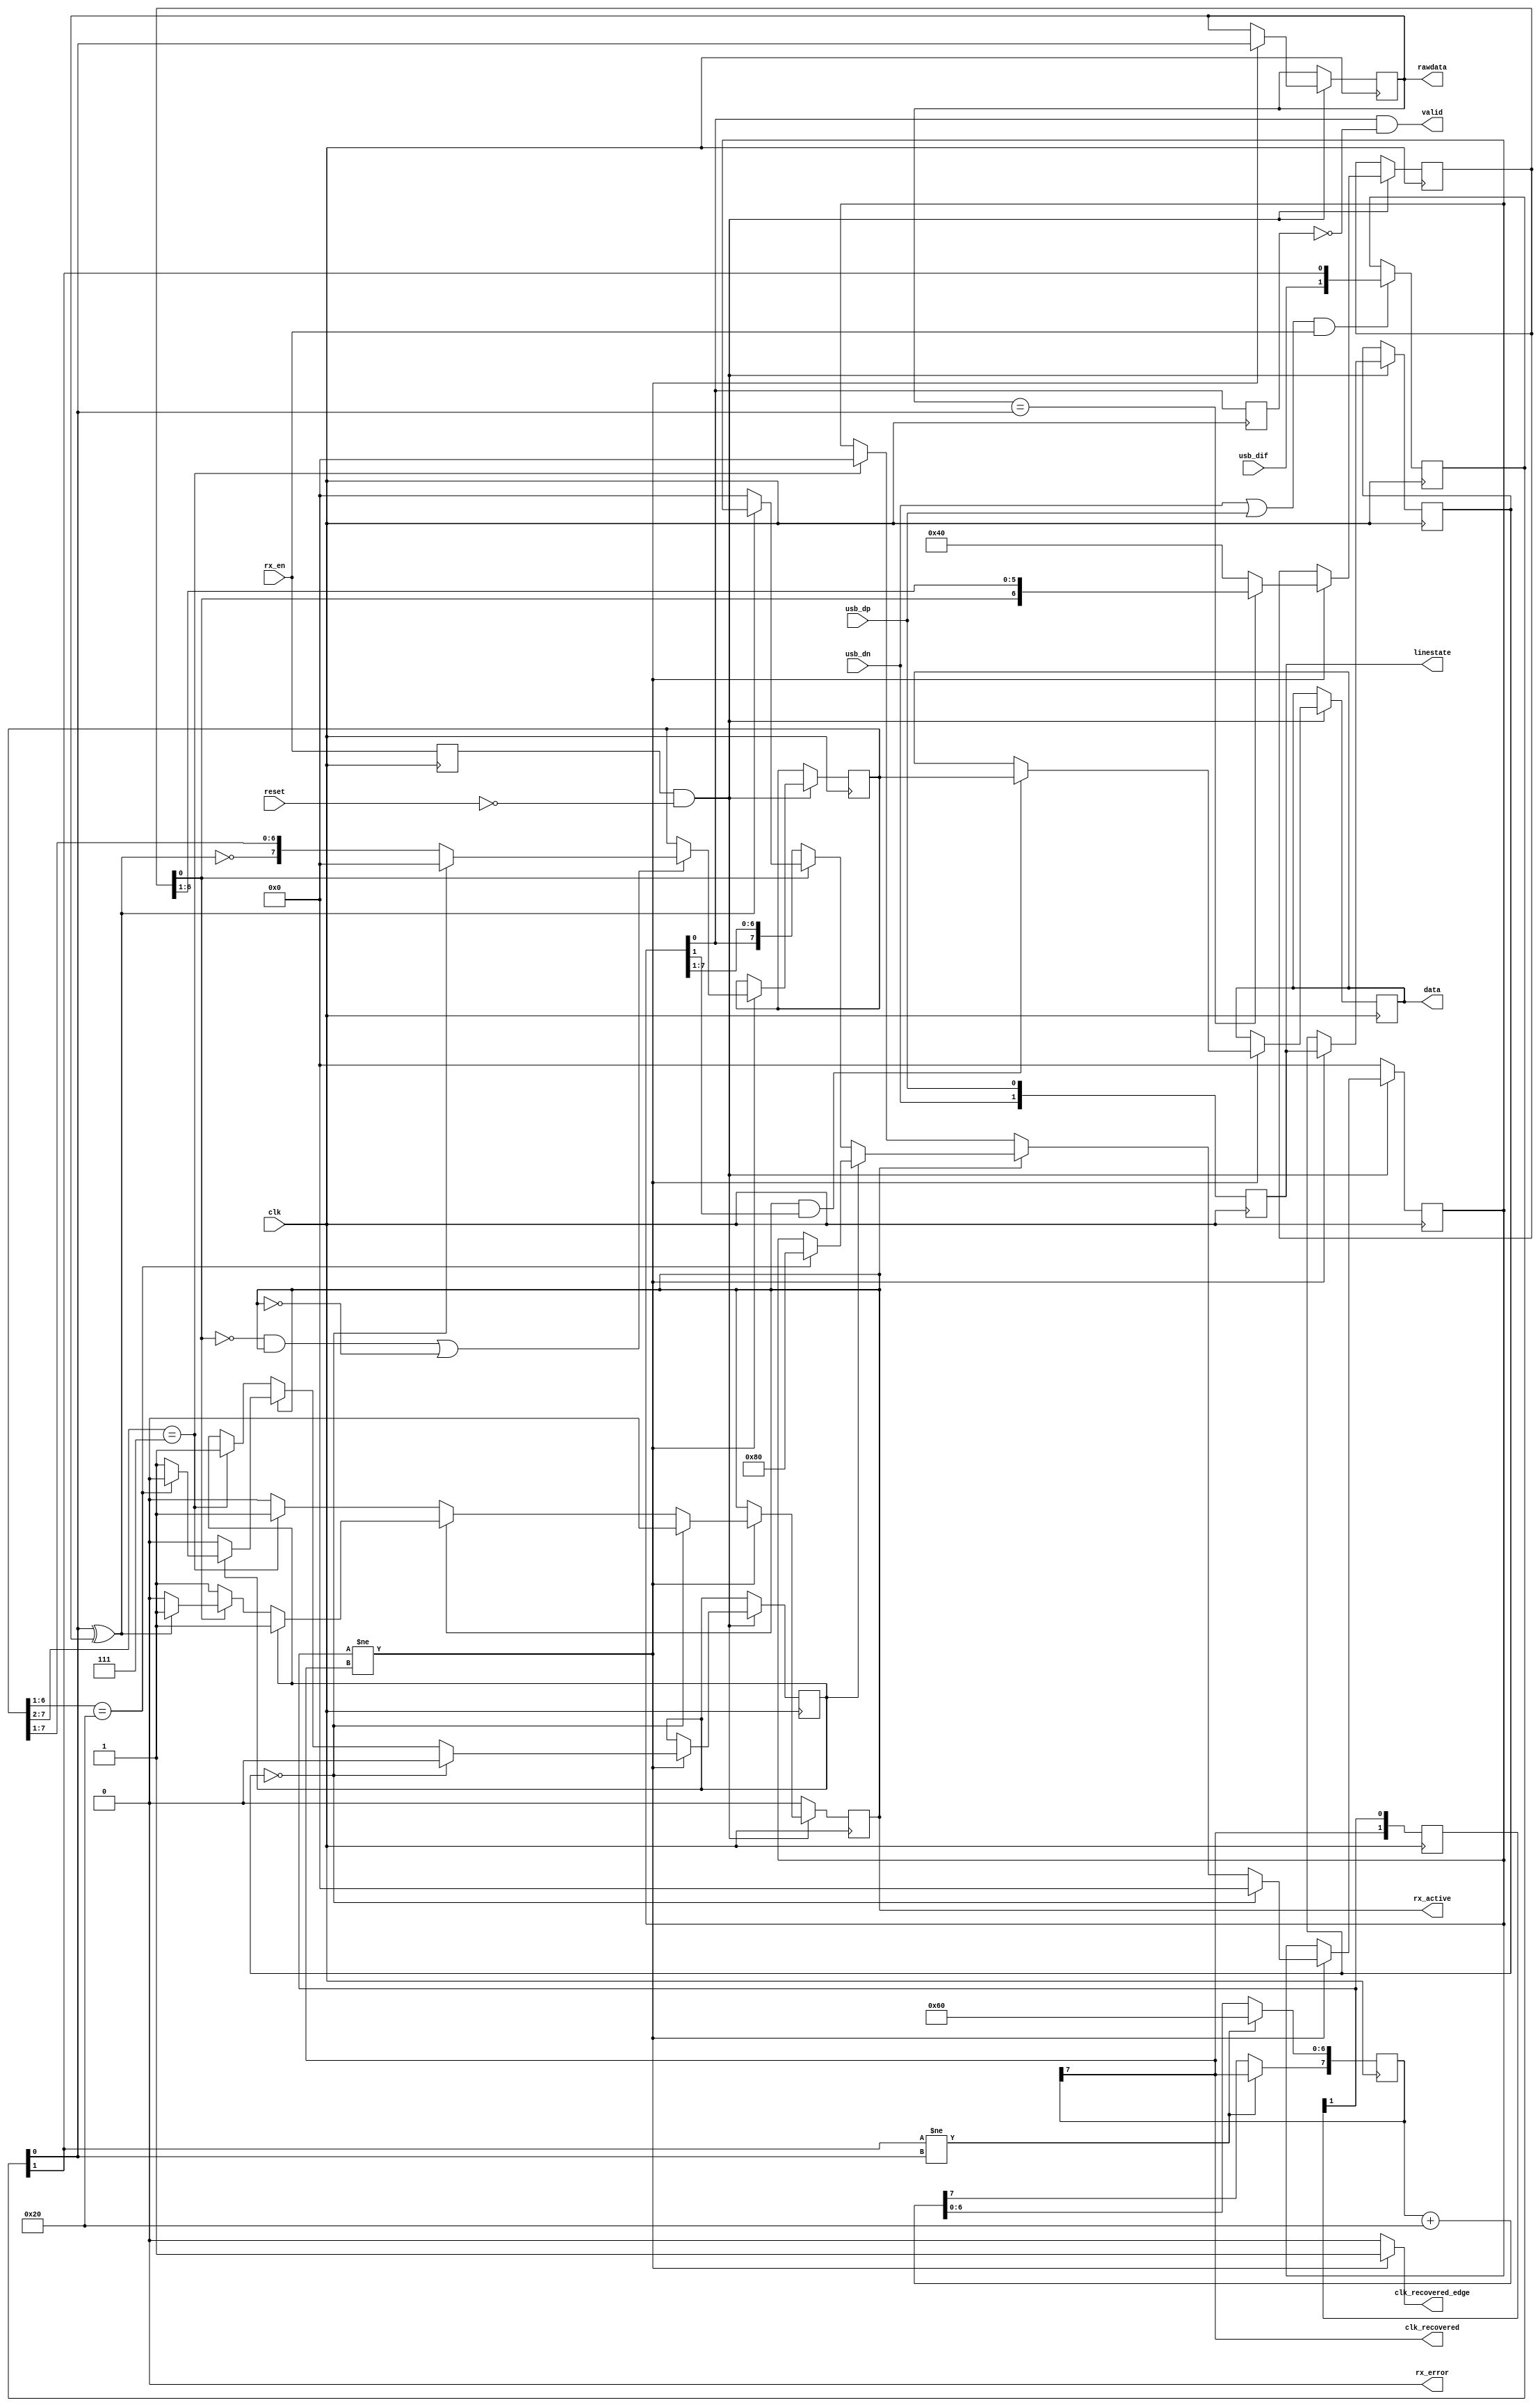
// File ../../../../usb11_phy_vhdl/usb_rx_phy.vhd translated with vhd2vl v3.0 VHDL to Verilog RTL translator
// vhd2vl settings:
//  * Verilog Module Declaration Style: 2001

// vhd2vl is Free (libre) Software:
//   Copyright (C) 2001 Vincenzo Liguori - Ocean Logic Pty Ltd
//     http://www.ocean-logic.com
//   Modifications Copyright (C) 2006 Mark Gonzales - PMC Sierra Inc
//   Modifications (C) 2010 Shankar Giri
//   Modifications Copyright (C) 2002-2017 Larry Doolittle
//     http://doolittle.icarus.com/~larry/vhd2vl/
//   Modifications (C) 2017 Rodrigo A. Melo
//
//   vhd2vl comes with ABSOLUTELY NO WARRANTY.  Always check the resulting
//   Verilog for correctness, ideally with a formal verification tool.
//
//   You are welcome to redistribute vhd2vl under certain conditions.
//   See the license (GPLv2) file included with the source for details.

// The result of translation follows.  Its copyright status should be
// considered unchanged from the original VHDL.

// (c)EMARD
// License=GPL
// USB RX soft-core 
// differential data correctly recovered
// it works as drop in phy replacement
// but receives data more reliable than old core
// signal timings are not exactly identical as old core
// note that reset has direct logic here and some signals
// are named differently
// no timescale needed

module usb_rx_phy(
input wire clk,
input wire reset,
input wire usb_dif,
input wire usb_dp,
input wire usb_dn,
output wire [1:0] linestate,
output wire clk_recovered,
output wire clk_recovered_edge,
output wire rawdata,
input wire rx_en,
output wire rx_active,
output wire rx_error,
output wire valid,
output wire [7:0] data
);

parameter [31:0] C_clk_input_hz=6000000;
parameter [31:0] C_clk_bit_hz=1500000;
parameter [31:0] C_PA_bits=8;
// phase accumulator bits, 8 is ok
// input clock and reset
// differential D+/D- input



// entity
parameter C_PA_inc = 2 ** (C_PA_bits - 1) * C_clk_bit_hz / C_clk_input_hz;  // default PA increment
//  constant C_PA_phase: unsigned(C_PA_bits-2 downto 0) :=
//  (
//    C_PA_bits-2 => '0', -- 1/4
//    C_PA_bits-3 => '0', -- 1/8
//    C_PA_bits-4 => '0', -- 1/16
//    C_PA_bits-5 => '0', -- 1/32
//    others      => '1'
//  );
parameter C_PA_compensate = C_PA_inc[C_PA_bits - 2:0] + C_PA_inc[C_PA_bits - 2:0] + C_PA_inc[C_PA_bits - 2:0];
parameter C_PA_init = C_PA_compensate;
parameter C_valid_init = 8'h80;  // (data'high => '1', others => '0'); -- adjusted (1 bit early) to split stream at byte boundary
parameter C_idlecnt_init = 7'b1000000;  // (6 => '1', others => '0'); -- 6 data bits + 1 stuff bit
reg [C_PA_bits - 1:0] R_PA;
reg [1:0] R_dif_shift;
reg [1:0] R_clk_recovered_shift;
wire S_clk_recovered;
wire S_linebit; reg R_linebit_prev; wire S_bit; wire R_bit;
reg R_frame;
reg [7:0] R_data; reg [7:0] R_data_latch;
reg [7:0] R_valid = C_valid_init;
reg [1:0] R_linestate; reg [1:0] R_linestate_sync;
reg [1:0] R_linestate_prev;
reg [6:0] R_idlecnt = C_idlecnt_init;
reg R_preamble;
reg R_rxactive;
reg R_rx_en;
reg R_valid_prev;

  always @(posedge clk) begin
    if((usb_dn == 1'b1 || usb_dp == 1'b1) && rx_en == 1'b1) begin
      // during SE0, this avoids noise at differential input
      R_dif_shift <= {usb_dif,R_dif_shift[(1):1]};
    end
    R_clk_recovered_shift <= {S_clk_recovered,R_clk_recovered_shift[(1):1]};
    R_linestate <= {usb_dn,usb_dp};
    R_linestate_prev <= R_linestate;
    R_rx_en <= rx_en;
  end

  always @(posedge clk) begin
    if(R_dif_shift[(1)] != R_dif_shift[((1)) - 1]) begin
      R_PA[((C_PA_bits - 1)) - 1:0] <= C_PA_init[((C_PA_bits - 1)) - 1:0];
    end
    else begin
      R_PA <= R_PA + C_PA_inc;
    end
  end

  assign S_clk_recovered = R_PA[(C_PA_bits - 1)];
  assign clk_recovered = S_clk_recovered;
  assign clk_recovered_edge = R_clk_recovered_shift[1] != S_clk_recovered ? 1'b1 : 1'b0;
  //  clk_recovered_edge <= '1' when R_clk_recovered_shift(1) /= S_clk_recovered or R_linestate = "00" else '0';  -- NOTE: allows clocking during SE0
  assign S_linebit = R_dif_shift[((1)) - 1];
  assign S_bit =  ~(S_linebit ^ R_linebit_prev);
  // process that just shifts data and skips stuffed bit
  always @(posedge clk) begin
    if(R_rx_en == 1'b1 && reset == 1'b0) begin
      if(R_clk_recovered_shift[1] != S_clk_recovered) begin
        // synchronous with recovered clock
        if(R_linebit_prev == S_linebit) begin
          R_idlecnt <= {R_idlecnt[0],R_idlecnt[(6):1]};
          // shift (used for stuffed bit removal)
        end
        else begin
          R_idlecnt <= C_idlecnt_init;
          // reset
        end
        R_linebit_prev <= S_linebit;
        if((R_idlecnt[0] == 1'b0 && R_frame == 1'b1) || R_frame == 1'b0) begin
          // skips stuffed bit if in the frame
          if(R_linestate_sync == 2'b00) begin
            R_data <= {8{1'b0}};
            // SE0 resets data to prevent restarting the frame from old shifted data
          end
          else begin
            R_data <= {S_bit,R_data[(7):1]};
            // only payload bits, skips stuffed bit
          end
        end
        if(R_frame == 1'b1 && R_valid[1] == 1'b1) begin
          // timing early, gated to latch byte
          //          if R_frame = '1' then -- timing early
          //          if R_rxactive = '1' and R_valid(1) = '1' then -- timing exact but gated to latch byte
          //          if R_rxactive = '1' then -- timing exact, data exact
          R_data_latch <= R_data;
          // FIXME is there a better way (bit delay) than to register whole R_data byte
        end
      end
    end
  end

  always @(posedge clk) begin
    if(R_rx_en == 1'b1 && reset == 1'b0) begin
      if(R_clk_recovered_shift[1] != S_clk_recovered) begin
        // synchronous with recovered clock
        if(R_linestate_sync == 2'b00) begin
          // SE0 -- single-ended detection of the end of frame
          R_frame <= 1'b0;
          R_valid <= {8{1'b0}};
          R_preamble <= 1'b0;
          R_rxactive <= 1'b0;
        end
        else begin
          if(R_frame == 1'b1) begin
            // differential reading of the frame
            if(R_preamble == 1'b1) begin
              // wait for first preamble byte
              if(R_data[((7)) - 1:((7)) - 6] == 6'b100000) begin
                // 100000 detects end of preamble
                R_preamble <= 1'b0;
                R_valid <= C_valid_init;
                R_rxactive <= 1'b1;
                // timing 2 bits later
              end
              // exact timing: this makes the rxactive rise at the same time as orig phy
              //                  if S_bit = '1' and R_data(R_data'high downto R_data'high-3) = "0000" then -- 10000 detects end of preamble early
              //                    R_rxactive <= '1';
              //                  end if;
            end
            else begin
              // after preamble is found, circular-shift "R_valid" register
              if(R_idlecnt[0] == 1'b0) begin
                // if stuffed bit is not expected
                R_valid <= {R_valid[0],R_valid[(7):1]};
              end
              else begin
                // stuffed bit S_bit=0 is expected
                if(S_bit == 1'b1) begin
                  // if stuffed bit is wrong (line probably idle)
                  R_valid <= {8{1'b0}};
                  // drop frame
                  R_frame <= 1'b0;
                  R_rxactive <= 1'b0;
                end
              end
              // skip stuffed bit
            end
          end
          else begin
            // R_frame = '0'
            //              if S_bit = '0' and R_data(R_data'high downto R_data'high-1) = "11" then -- exact timing differential detection of the start of frame
            if(R_data[(7):((7)) - 5] == 6'b000111) begin
              // later timing differential detection of the start of frame
              R_frame <= 1'b1;
              R_preamble <= 1'b1;
              R_valid <= {8{1'b0}};
              R_rxactive <= 1'b0;
            end
          end
        end
        R_linestate_sync <= R_linestate;
      end
      // synchronous with recovered clock
    end
    else begin
      // R_rx_en = '0'
      R_valid <= {8{1'b0}};
      R_frame <= 1'b0;
      R_rxactive <= 1'b0;
    end
  end

  assign data = R_data_latch;
  // delayed 1 cycle in order to detect SE0 reliably
  assign rawdata = R_linebit_prev;
  assign linestate = R_linestate;
  // timing 1 bit early
  //  linestate <= R_linestate_prev; -- exact timing to match timing with original
  //  rx_active <= R_rxactive; -- exact timing
  assign rx_active = R_frame;
  // timing early
  assign rx_error = 1'b0;
  //B_valid_1clk: block
  //begin
  always @(posedge clk) begin
    R_valid_prev <= R_valid[0];
  end

  //    valid <= '1' when R_valid_prev = '0' and R_valid(0) = '1' else '0'; -- single clk cycle
  assign valid = R_valid[0] &  ~R_valid_prev;
    // single clk cycle
  //    valid <= R_valid(0); -- spans several clk cycles
  //end block;
// architecture

endmodule